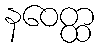
နဝေတ္ထ